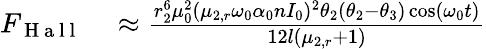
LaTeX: \begin{array}{rl}{F_{\mathrm{~H~a~l~l~}}}&{{}\approx\frac{r_{2}^{6}\mu_{0}^{2}(\mu_{2,r}\omega_{0}\alpha_{0}nI_{0})^{2}\theta_{2}(\theta_{2}-\theta_{3})\cos(\omega_{0}t)}{12l(\mu_{2,r}+1)}}\end{array}